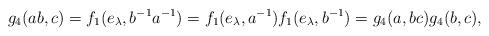
LaTeX: \begin{align*}g_4(ab,c)=f_1(e_{\lambda},b^{-1}a^{-1})=f_1(e_{\lambda},a^{-1})f_1(e_{\lambda},b^{-1})=g_4(a,bc)g_4(b,c),\end{align*}